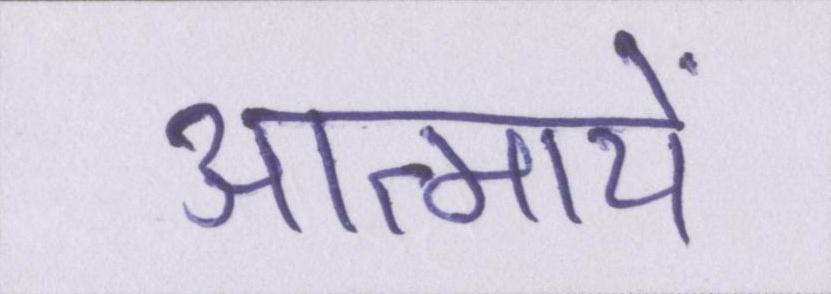
आत्मायें